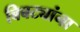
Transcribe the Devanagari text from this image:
बिबट्यांना